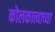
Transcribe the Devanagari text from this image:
कोलकात्त्याच्या